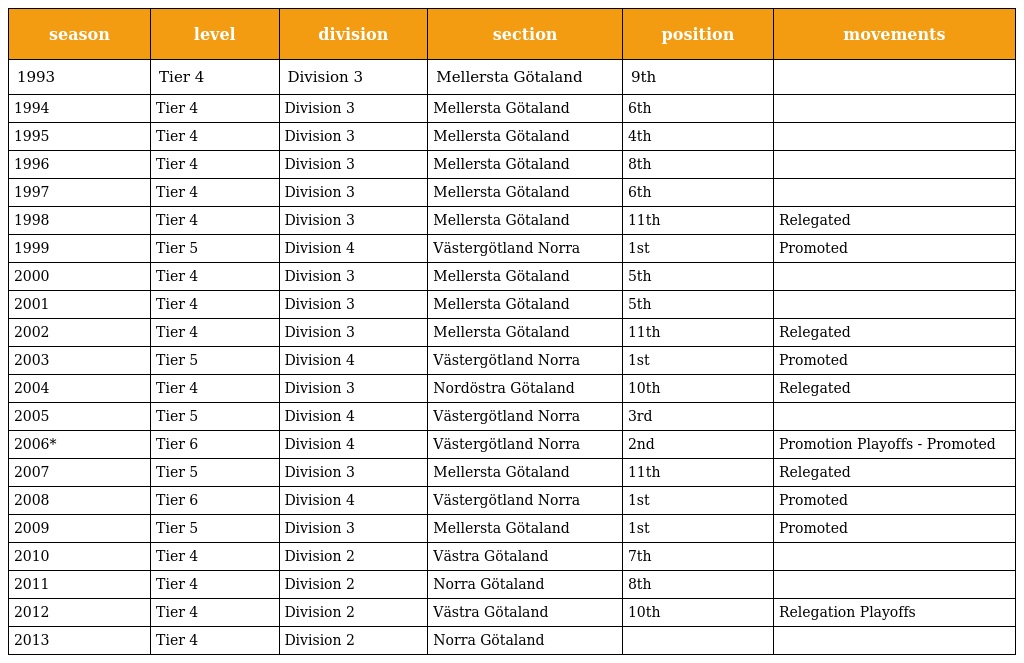
| season | level | division | section | position | movements |
 | --- | --- | --- | --- | --- | --- |
 | 1993 | Tier 4 | Division 3 | Mellersta Götaland | 9th |  |
 | 1994 | Tier 4 | Division 3 | Mellersta Götaland | 6th |  |
 | 1995 | Tier 4 | Division 3 | Mellersta Götaland | 4th |  |
 | 1996 | Tier 4 | Division 3 | Mellersta Götaland | 8th |  |
 | 1997 | Tier 4 | Division 3 | Mellersta Götaland | 6th |  |
 | 1998 | Tier 4 | Division 3 | Mellersta Götaland | 11th | Relegated |
 | 1999 | Tier 5 | Division 4 | Västergötland Norra | 1st | Promoted |
 | 2000 | Tier 4 | Division 3 | Mellersta Götaland | 5th |  |
 | 2001 | Tier 4 | Division 3 | Mellersta Götaland | 5th |  |
 | 2002 | Tier 4 | Division 3 | Mellersta Götaland | 11th | Relegated |
 | 2003 | Tier 5 | Division 4 | Västergötland Norra | 1st | Promoted |
 | 2004 | Tier 4 | Division 3 | Nordöstra Götaland | 10th | Relegated |
 | 2005 | Tier 5 | Division 4 | Västergötland Norra | 3rd |  |
 | 2006* | Tier 6 | Division 4 | Västergötland Norra | 2nd | Promotion Playoffs - Promoted |
 | 2007 | Tier 5 | Division 3 | Mellersta Götaland | 11th | Relegated |
 | 2008 | Tier 6 | Division 4 | Västergötland Norra | 1st | Promoted |
 | 2009 | Tier 5 | Division 3 | Mellersta Götaland | 1st | Promoted |
 | 2010 | Tier 4 | Division 2 | Västra Götaland | 7th |  |
 | 2011 | Tier 4 | Division 2 | Norra Götaland | 8th |  |
 | 2012 | Tier 4 | Division 2 | Västra Götaland | 10th | Relegation Playoffs |
 | 2013 | Tier 4 | Division 2 | Norra Götaland |  |  |